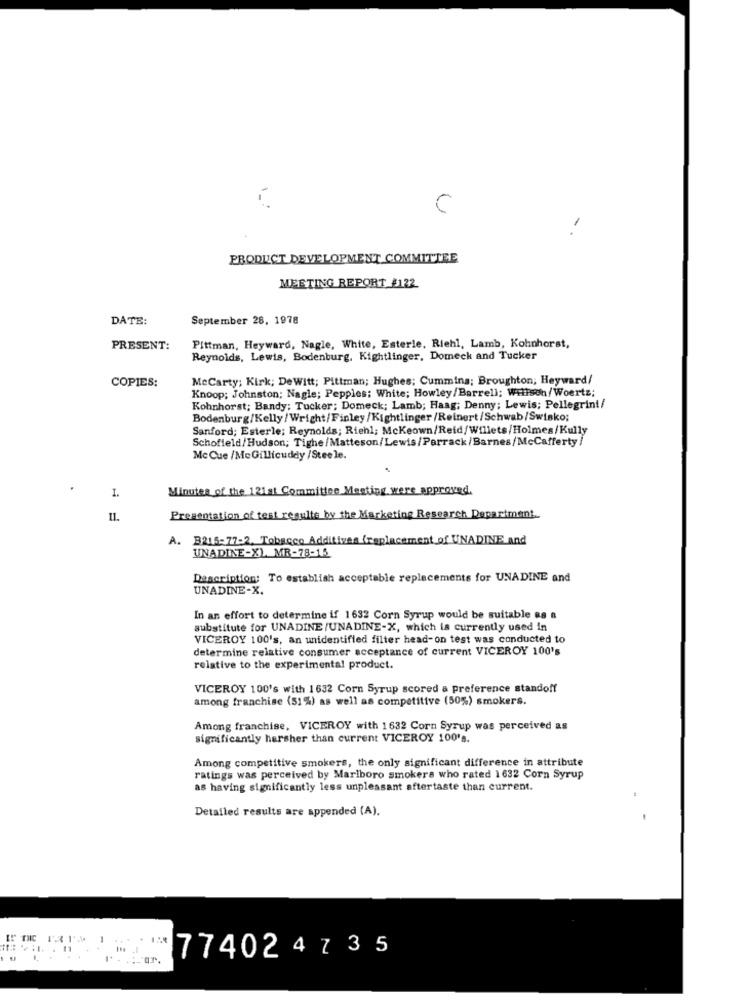
C
-
PRODUCT DEVELOPMENT COMMITTEE
MEETING REPORT_#122
DATE:
September 28, 1978
PRESENT:
Pittman, Heyward, Nagle, White, Esterle, Riehl, Lamb, Kohnhorst,
Reynolds, Lewis, Bodenburg, Kightlinger, Domeck and Tucker
MeCarty; Kirk; DeWitt; Pittman; Hughes; Cummins; Broughton; Heyward/
COPIES:
Knoop; Johnston; Nagle; Pepples; White; Howley/Barrell; Willson/Woertz;
Kohnhorst; Bandy: Tucker; Domeck; Lamb; Haag; Denny; Lewis; Pellegrini/
Bodenburg/Kelly/Wright/Finley/Kightlinger /Reinert/Schwab/Swisko;
Sanford; Esterle; Reynolds; Riehl; Mckeown/Reid/Willets/Holmes/Kully
Schofield/Hudson; Tighe/Matteson/Lewis/Parrack/Barnes/McCafferty/
Mc Cue /Mc Gillicuddy /Steele.
Minutes of the 121st Committee Meeting were approved,
I.
11.
Presentation of test results by the Marketing Research Department.
A. B215-77-2, Tobacco Additives (replacement of UNADINE and
UNADINE-XL MR-78-15
Description: To establish acceptable replacements for UNADINE and
UNADINE-X.
In an effort to determine if 1632 Corn Syrup would be suitable 88 a
substitute for UNADINE /UNADINE-X, which is currently used in
VICEROY 100's, an unidentified filter head-on test was conducted to
determine relative consumer acceptance of current VICEROY 100's
relative to the experimental product.
VICEROY 100's with 1632 Corn Syrup scored a preference standoff
among franchise (51%) as well as competitive (50%) smokers.
Among franchise, VICEROY with 1632 Corn Syrup was perceived as
significantly harsher than current VICEROY 100's.
Among competitive smokers, the only significant difference in attribute
ratings was perceived by Marlboro smokers who rated 1632 Corn Syrup
as having significantly less unpleasant aftertaste than current.
Detailed results are appended (A).
77402 4 735